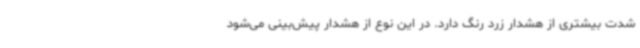
شدت بیشتری از هشدار زرد رنگ دارد. در این نوع از هشدار پیش‌بینی می‌شود